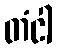
တံငါ